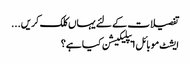
تفصیلات کے لئے یہاں کلک کریں...
ایشٹ موبائل ایپلیکیشن کیا ہے؟